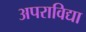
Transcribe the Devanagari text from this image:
अपराविद्या